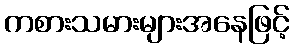
ကစားသမားများအနေဖြင့်